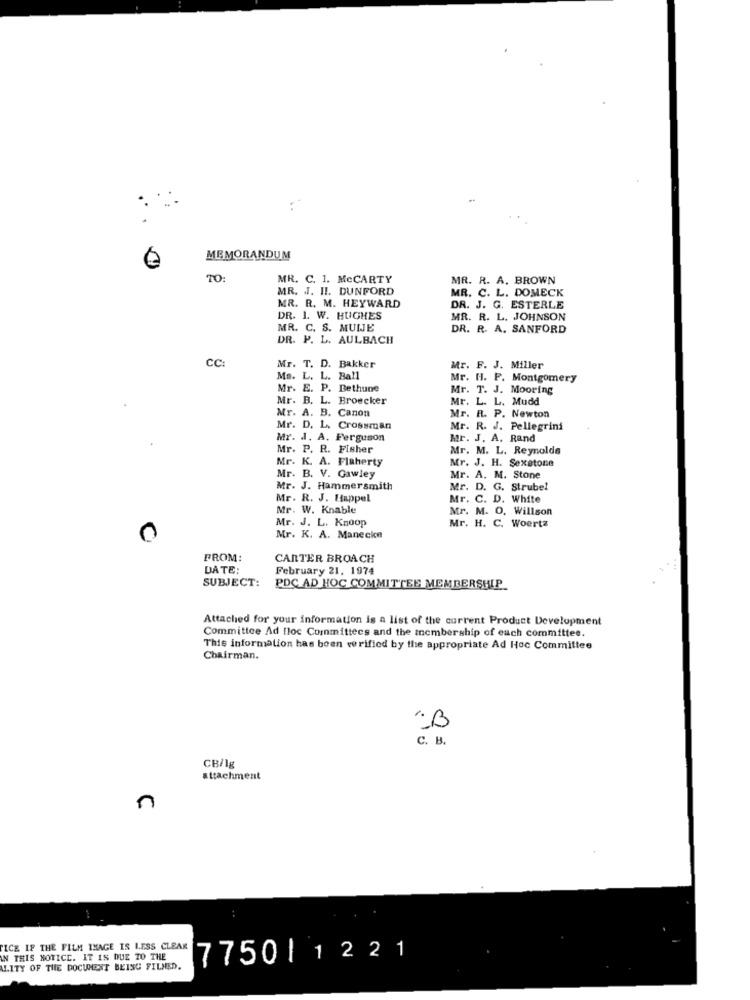
MEMORANDUM
TO
MR. C. 1. MCCARTY
MR. R. A. BROWN
MR. J. II. DUNFORD
MR. C. L. DOMECK
MR. R. M. HEYWARD
DR. J. G. ESTERLE
DR. 1. W. HUGHES
MR. R. L. JOHNSON
MR. C. S. MUNE
DR. R. A. SANFORD
DR. P. L. AULBACH
CC:
Mr. T. D. Bakker
Mr. F. J. Miller
Ma. L. L. Ball
Mr. H. P. Montgomery
Mr. E. P. Bethune
Mr. T. J. Mooring
.
Mr. B. L. Broecker
Mr. L. L. Mudd
Mr. A. B. Canon
Mr. R. P. Newton
Mr. D. L. Crossman
Mr. R. J. Pellegrini
Mr. J. A. Ferguson
Mr. J. A. Rand
Mr. P. R. Fisher
Mr. M. L. Reynolds
Mr. K. A. Flaherty
Mr. J. H. Sexatone
Mr. B. V. Cawley
Mr. A. M. Stone
Mr. J. Hammersmith
Mr. D. G. Strubel
Mr. R. J. Happel
Mr. C. D. White
Mr. W. Knable
Mr. M. O. Willson
Mr. J. L. Knoop
Mr. H. C. Woertz
C
Mr. K. A. Manecke
FROM:
CARTER BROACH
DATE:
February 21. 1974
SUBJECT:
PDC AD HOC COMMITTEE MEMBERSHIP
Attached for your information is a list of the current Product Development
Committee Ad floc Committees and the membership of each committee.
This information has been verified by the appropriate Ad Hoc Committee
Chairman.
С. в.
CB/1g
attachment
n
ICE IF THE FILM IMAGE IS LESS CLEAR
IN THIS NOTICE. IT IS DUE TO THE
7750|1221
ALITY OF THE DOCUMENT BEING FILMED.